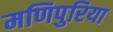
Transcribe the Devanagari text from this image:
मणिपुरिया